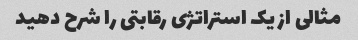
مثالی از یک استراتژی رقابتی را شرح دهید